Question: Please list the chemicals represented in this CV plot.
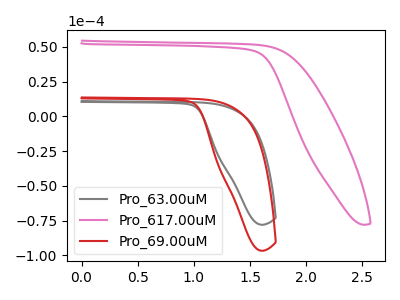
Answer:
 <answer>The gray curve is labeled "Pro_63.00uM". The pink curve is labeled "Pro_617.00uM". The red curve is labeled "Pro_69.00uM".</answer>
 <eval></eval>